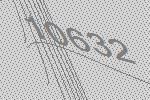
10632